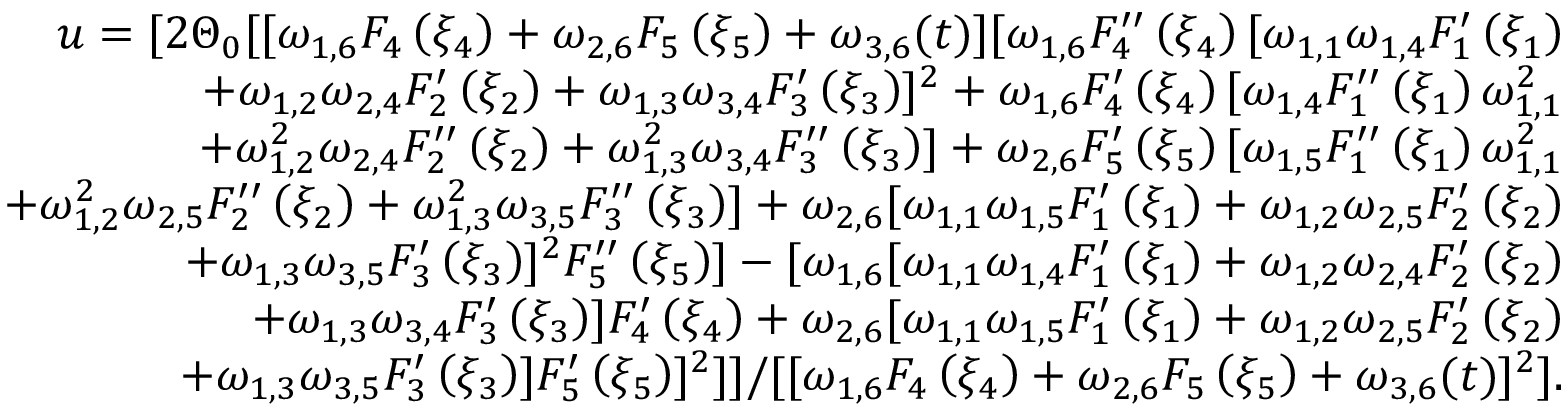
\begin{array} { r l r } & { } & { u = [ 2 \Theta _ { 0 } [ [ \omega _ { 1 , 6 } F _ { 4 } \left( \xi _ { 4 } \right) + \omega _ { 2 , 6 } F _ { 5 } \left( \xi _ { 5 } \right) + \omega _ { 3 , 6 } ( t ) ] [ \omega _ { 1 , 6 } F _ { 4 } ^ { \prime \prime } \left( \xi _ { 4 } \right) [ \omega _ { 1 , 1 } \omega _ { 1 , 4 } F _ { 1 } ^ { \prime } \left( \xi _ { 1 } \right) } \\ & { } & { + \omega _ { 1 , 2 } \omega _ { 2 , 4 } F _ { 2 } ^ { \prime } \left( \xi _ { 2 } \right) + \omega _ { 1 , 3 } \omega _ { 3 , 4 } F _ { 3 } ^ { \prime } \left( \xi _ { 3 } \right) ] ^ { 2 } + \omega _ { 1 , 6 } F _ { 4 } ^ { \prime } \left( \xi _ { 4 } \right) [ \omega _ { 1 , 4 } F _ { 1 } ^ { \prime \prime } \left( \xi _ { 1 } \right) \omega _ { 1 , 1 } ^ { 2 } } \\ & { } & { + \omega _ { 1 , 2 } ^ { 2 } \omega _ { 2 , 4 } F _ { 2 } ^ { \prime \prime } \left( \xi _ { 2 } \right) + \omega _ { 1 , 3 } ^ { 2 } \omega _ { 3 , 4 } F _ { 3 } ^ { \prime \prime } \left( \xi _ { 3 } \right) ] + \omega _ { 2 , 6 } F _ { 5 } ^ { \prime } \left( \xi _ { 5 } \right) [ \omega _ { 1 , 5 } F _ { 1 } ^ { \prime \prime } \left( \xi _ { 1 } \right) \omega _ { 1 , 1 } ^ { 2 } } \\ & { } & { + \omega _ { 1 , 2 } ^ { 2 } \omega _ { 2 , 5 } F _ { 2 } ^ { \prime \prime } \left( \xi _ { 2 } \right) + \omega _ { 1 , 3 } ^ { 2 } \omega _ { 3 , 5 } F _ { 3 } ^ { \prime \prime } \left( \xi _ { 3 } \right) ] + \omega _ { 2 , 6 } [ \omega _ { 1 , 1 } \omega _ { 1 , 5 } F _ { 1 } ^ { \prime } \left( \xi _ { 1 } \right) + \omega _ { 1 , 2 } \omega _ { 2 , 5 } F _ { 2 } ^ { \prime } \left( \xi _ { 2 } \right) } \\ & { } & { + \omega _ { 1 , 3 } \omega _ { 3 , 5 } F _ { 3 } ^ { \prime } \left( \xi _ { 3 } \right) ] ^ { 2 } F _ { 5 } ^ { \prime \prime } \left( \xi _ { 5 } \right) ] - [ \omega _ { 1 , 6 } [ \omega _ { 1 , 1 } \omega _ { 1 , 4 } F _ { 1 } ^ { \prime } \left( \xi _ { 1 } \right) + \omega _ { 1 , 2 } \omega _ { 2 , 4 } F _ { 2 } ^ { \prime } \left( \xi _ { 2 } \right) } \\ & { } & { + \omega _ { 1 , 3 } \omega _ { 3 , 4 } F _ { 3 } ^ { \prime } \left( \xi _ { 3 } \right) ] F _ { 4 } ^ { \prime } \left( \xi _ { 4 } \right) + \omega _ { 2 , 6 } [ \omega _ { 1 , 1 } \omega _ { 1 , 5 } F _ { 1 } ^ { \prime } \left( \xi _ { 1 } \right) + \omega _ { 1 , 2 } \omega _ { 2 , 5 } F _ { 2 } ^ { \prime } \left( \xi _ { 2 } \right) } \\ & { } & { + \omega _ { 1 , 3 } \omega _ { 3 , 5 } F _ { 3 } ^ { \prime } \left( \xi _ { 3 } \right) ] F _ { 5 } ^ { \prime } \left( \xi _ { 5 } \right) ] ^ { 2 } ] ] / [ [ \omega _ { 1 , 6 } F _ { 4 } \left( \xi _ { 4 } \right) + \omega _ { 2 , 6 } F _ { 5 } \left( \xi _ { 5 } \right) + \omega _ { 3 , 6 } ( t ) ] ^ { 2 } ] . } \end{array}